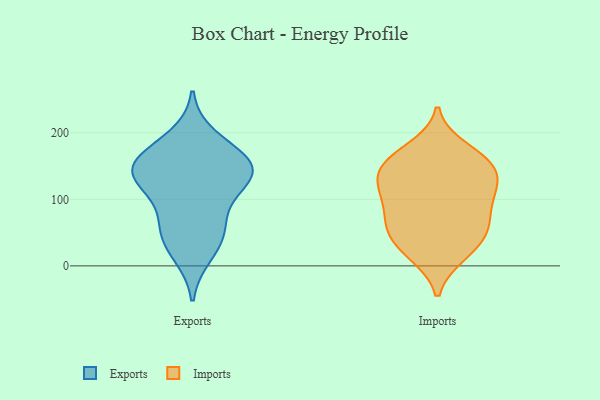
{"axis": {"x": "Temperature (°C)", "y": "Value"}, "legend": ["Exports", "Imports"], "data": [{"x": "", "y": 128, "type": "Exports"}, {"x": "", "y": 64, "type": "Exports"}, {"x": "", "y": 38, "type": "Exports"}, {"x": "", "y": 57, "type": "Exports"}, {"x": "", "y": 146, "type": "Exports"}, {"x": "", "y": 102, "type": "Exports"}, {"x": "", "y": 17, "type": "Exports"}, {"x": "", "y": 140, "type": "Exports"}, {"x": "", "y": 142, "type": "Exports"}, {"x": "", "y": 193, "type": "Exports"}, {"x": "", "y": 138, "type": "Exports"}, {"x": "", "y": 163, "type": "Exports"}, {"x": "", "y": 163, "type": "Exports"}, {"x": "", "y": 20, "type": "Imports"}, {"x": "", "y": 176, "type": "Imports"}, {"x": "", "y": 62, "type": "Imports"}, {"x": "", "y": 157, "type": "Imports"}, {"x": "", "y": 151, "type": "Imports"}, {"x": "", "y": 64, "type": "Imports"}, {"x": "", "y": 118, "type": "Imports"}, {"x": "", "y": 54, "type": "Imports"}, {"x": "", "y": 160, "type": "Imports"}, {"x": "", "y": 35, "type": "Imports"}, {"x": "", "y": 113, "type": "Imports"}, {"x": "", "y": 147, "type": "Imports"}, {"x": "", "y": 131, "type": "Imports"}, {"x": "", "y": 109, "type": "Imports"}, {"x": "", "y": 68, "type": "Imports"}, {"x": "", "y": 99, "type": "Imports"}, {"x": "", "y": 17, "type": "Imports"}]}